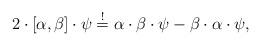
LaTeX: \begin{align*}2 \cdot [\alpha,\beta] \cdot \psi \stackrel{!}{=} \alpha \cdot \beta \cdot \psi - \beta \cdot \alpha \cdot \psi,\end{align*}